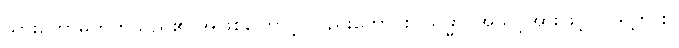
သွားတော်မူတတ်သည်၏ အဖြစ်ကြောင့် လည်းကောင်း။ သမ္မာ၊ အသင့်အားဖြင့်။ ဂဒတ္တာ စ၊